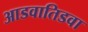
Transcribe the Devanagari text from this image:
आडवातिडवा